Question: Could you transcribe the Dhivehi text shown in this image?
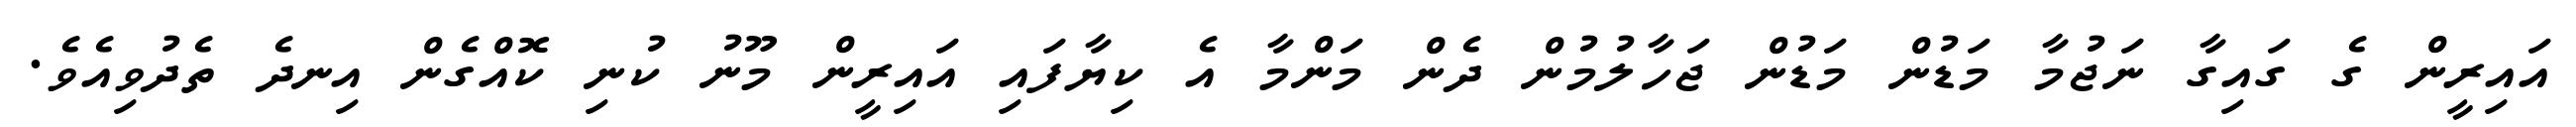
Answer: އައިރީން ގެ ގައިގާ ނަޖުމާ މަޑުން މަޑުން ޖަހާލުމުން ދެން މަންމާ އެ ކިޔާފައި އައިރީން މޫނު ކުނި ކޮއްގެން އިނދެ ތެދުވިއެވެ.